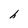
Character: h